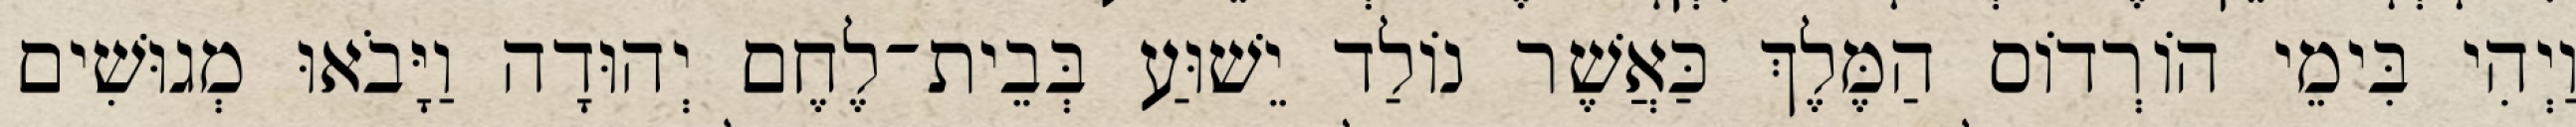
וַיְהִי בִּימֵי הוֹרְדוֹס הַמֶּלֶךְ כַּאֲשֶׁר נוֹלַד יֵשׁוּעַ בְּבֵית־לֶחֶם יְהוּדָה וַיָּבֹאוּ מְגוּשִׁים